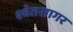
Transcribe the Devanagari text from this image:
श्वेतसागर